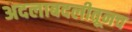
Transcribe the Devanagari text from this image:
अदलाबदलीतूनच